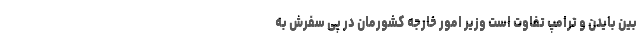
بین بایدن و ترامپ تفاوت است وزیر امور خارجه کشورمان در پی سفرش به